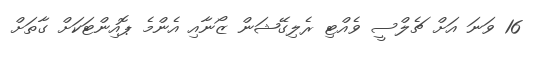
16 ވަނަ އަށް ޗެލްސީ ވެއްޓި ރެލިގޭޝަން ޒޯނާއި އެންމެ ޕޮއިންޓަކަށް ގާތަށް